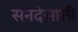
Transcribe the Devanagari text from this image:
सनदेसाठी